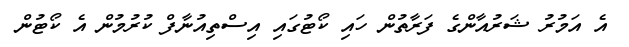
އެ އަމުރު ޝަރުއާންގެ ފަރާތުން ހައި ކޯޓުގައި އިސްތިއުނާފް ކުރުމުން އެ ކޯޓުން